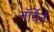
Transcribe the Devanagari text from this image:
नॉर्देर्न